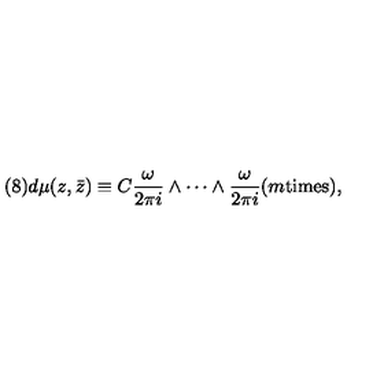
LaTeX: ( 8 ) d \mu ( z , \bar { z } ) \equiv C \frac { \omega } { 2 \pi i } \wedge \cdots \wedge \frac { \omega } { 2 \pi i } ( m \mathrm { t i m e s } ) ,